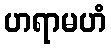
ဟရာမဟံ